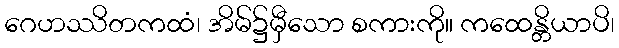
ဂေဟဿိတကထံ၊ အိမ်၌မှီသော စကားကို။ ကထေန္တိယာပိ၊